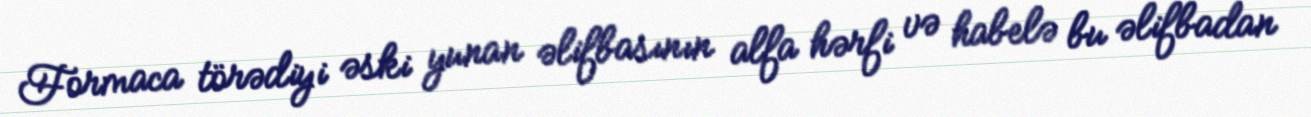
Formaca törədiyi əski yunan əlifbasının alfa hərfi və habelə bu əlifbadan